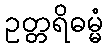
ဥတ္တရိဓမ္မံ